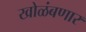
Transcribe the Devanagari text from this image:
खोळंबणार